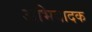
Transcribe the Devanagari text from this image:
अभिवादक